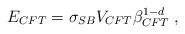
LaTeX: \begin{align*}E_{CFT}=\sigma _{SB}V_{CFT}\beta _{CFT}^{1-d}\;, \end{align*}